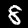
Label: 8